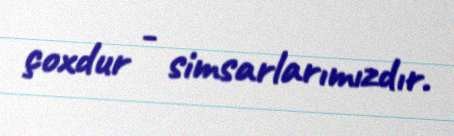
çoxdur - simsarlarımızdır.